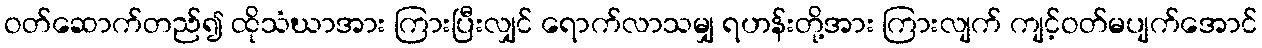
ဝတ်ဆောက်တည်၍ ထိုသံဃာအား ကြားပြီးလျှင် ရောက်လာသမျှ ရဟန်းတို့အား ကြားလျက် ကျင့်ဝတ်မပျက်အောင်